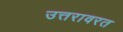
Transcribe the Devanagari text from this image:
उत्तरावरत